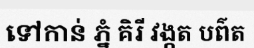
ទៅកាន់ ភ្នំ គិរី វង្កត បព៌ត